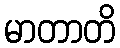
မာတာတိ